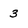
Character: 3